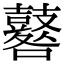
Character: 鼛